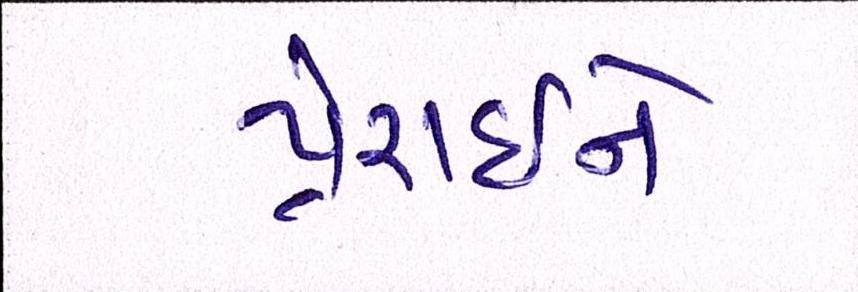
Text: પ્રેરાઇને